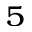
_ { 5 }